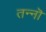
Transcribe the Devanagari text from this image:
तन्नॊ